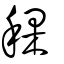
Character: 稞